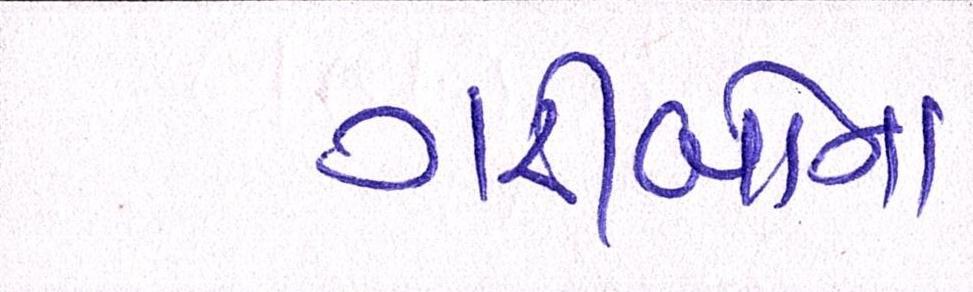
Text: ગરીબોના